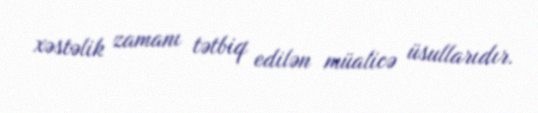
xəstəlik zamanı tətbiq edilən müalicə üsullarıdır.